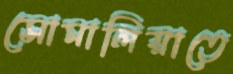
সোমালিয়াতে